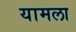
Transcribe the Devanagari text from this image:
यामला